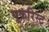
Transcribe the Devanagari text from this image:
यूकरिस्ट